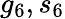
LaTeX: g_{6},s_{6}